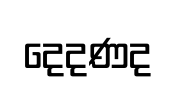
දෙදණද